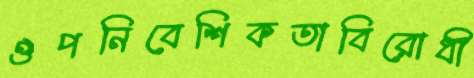
ঔপনিবেশিকতাবিরোধী